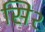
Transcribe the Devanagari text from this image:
सि२